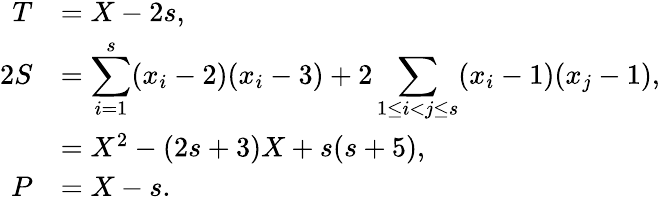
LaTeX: \begin{array}{rl}{{T}}&{{=X-2s,}}\\ {{2S}}&{{=\displaystyle\sum_{i=1}^{s}(x_{i}-2)(x_{i}-3)+2\sum_{1\le i<j\le s}(x_{i}-1)(x_{j}-1),}}\\ {{}}&{{=X^{2}-(2s+3)X+s(s+5),}}\\ {{P}}&{{=X-s.}}\end{array}